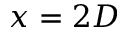
x = 2 D